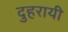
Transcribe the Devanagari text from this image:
दुहरायी